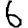
Digit: 6